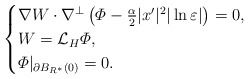
\begin{align*}\begin{cases}\nabla W\cdot \nabla^\perp \left( \varPhi-\frac{\alpha}{2}|x'|^2|\ln\varepsilon|\right) =0,\\W=\mathcal{L}_H\varPhi,\\\varPhi|_{\partial B_{R^*}(0)}=0.\end{cases}\end{align*}